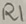
Text: R1